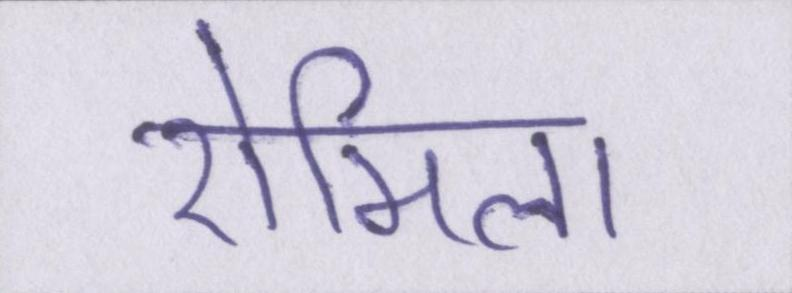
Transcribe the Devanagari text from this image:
रोमिला